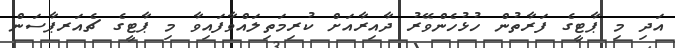
އަދި މި ޕާޓީގެ ފަރާތުން ހުޅުހެންވޭރު ދާއިރާއަށް ކުރިމަތިލައްވާފައިވާ މި ޕާޓީގެ ޗެއަރޕާސަން